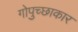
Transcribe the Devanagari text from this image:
गोपुच्छाकार